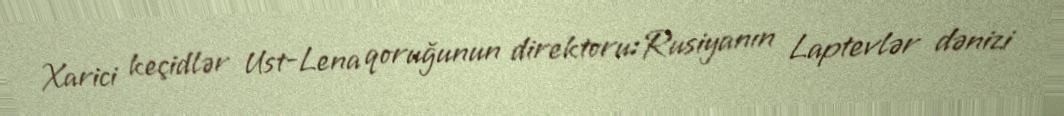
Xarici keçidlər Ust-Lena qoruğunun direktoru:Rusiyanın Laptevlər dənizi